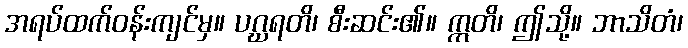
အရပ်ထက်ဝန်းကျင်မှ။ ပဂ္ဃရတိ၊ စီးဆင်း၏။ ဣတိ၊ ဤသို့။ ဘာသိတံ၊